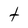
Character: t